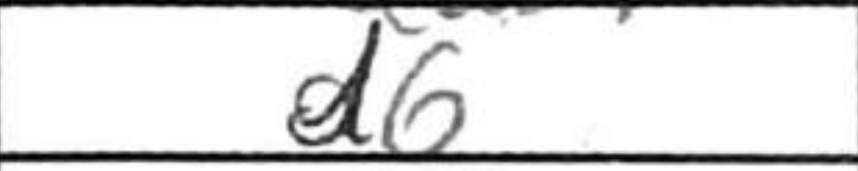
Transcription: d6